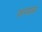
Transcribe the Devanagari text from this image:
परम्पास